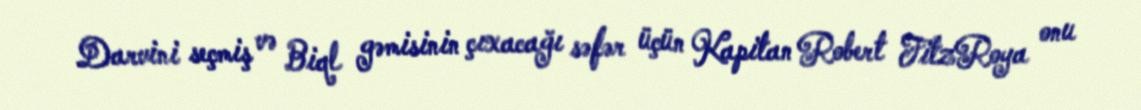
Darvini seçmiş və Biql gəmisinin çıxacağı səfər üçün Kapitan Robert FitzRoya onu